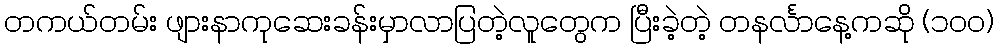
တကယ်တမ်း ဖျားနာကုဆေးခန်းမှာလာပြတဲ့လူတွေက ပြီးခဲ့တဲ့ တနင်္လာနေ့ကဆို (၁၀၀)